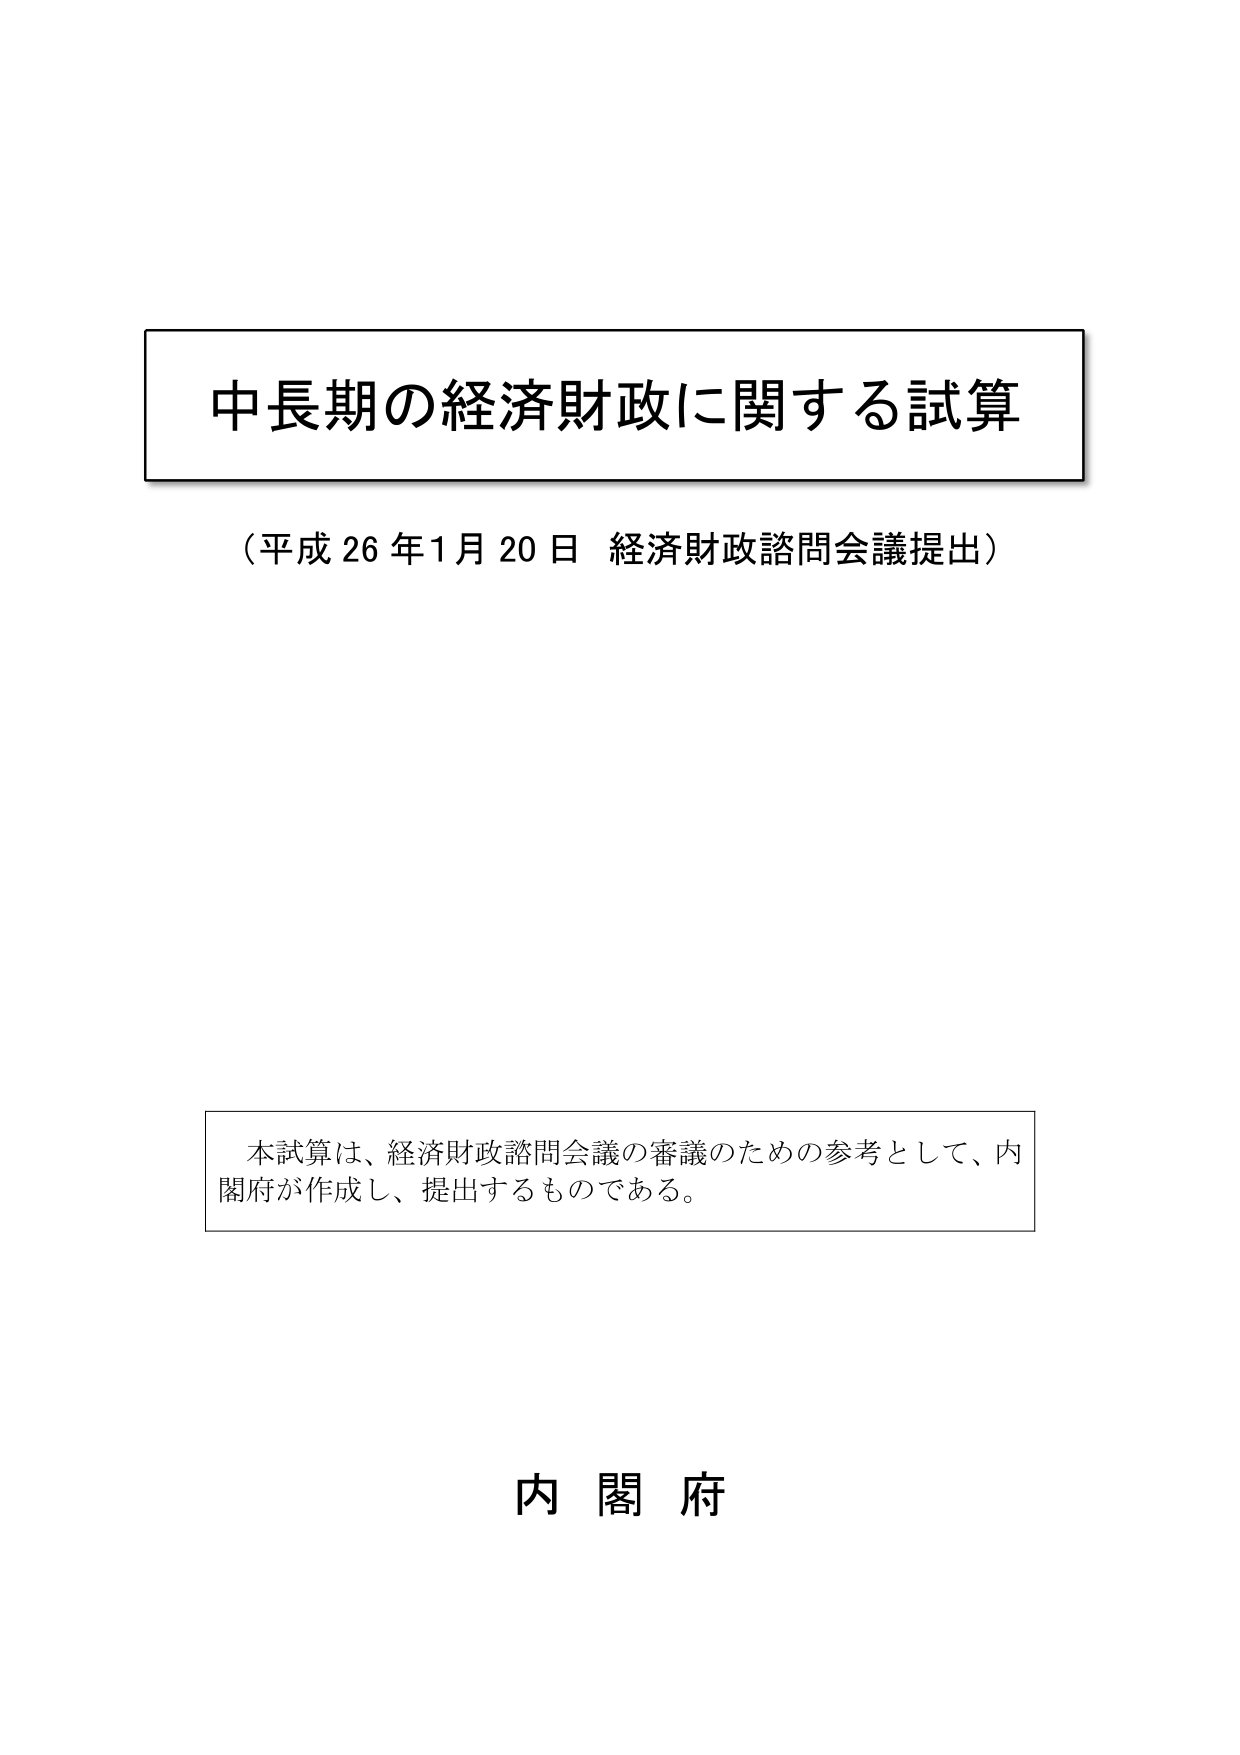
中長期の経済財政に関する試算
（平成26年1月20日 経済財政諮問会議提出）

本試算は、経済財政諮問会議の審議のための参考として、内閣府が作成し、提出するものである。

内閣府